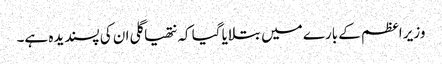
وزیر اعظم کے بارے میں بتلایا گیا کہ نتھیا گلی ان کی پسندیدہ ہے۔